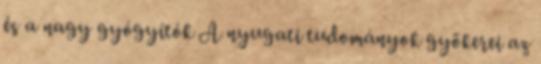
és a nagy gyógyítók A nyugati tudományok gyökerei az